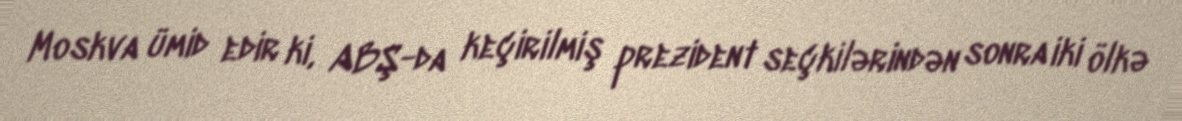
Moskva ümid edir ki, ABŞ-da keçirilmiş prezident seçkilərindən sonra iki ölkə